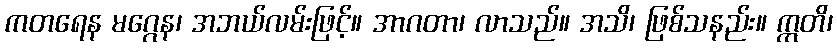
ကတရေန မဂ္ဂေန၊ အဘယ်လမ်းဖြင့်။ အာဂတာ၊ လာသည်။ အသိ၊ ဖြစ်သနည်း။ ဣတိ၊